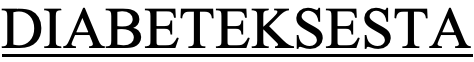
DIABETEKSESTA